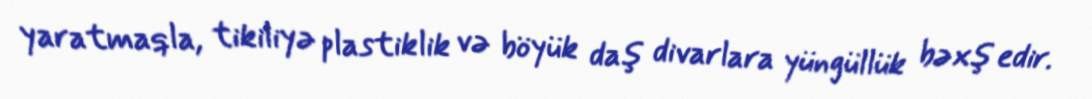
yaratmaqla, tikiliyə plastiklik və böyük daş divarlara yüngüllük bəxş edir.